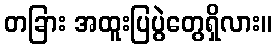
တခြား အထူးပြပွဲတွေရှိလား။